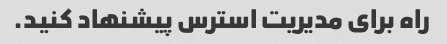
راه برای مدیریت استرس پیشنهاد کنید.